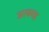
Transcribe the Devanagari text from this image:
अरबगढ़